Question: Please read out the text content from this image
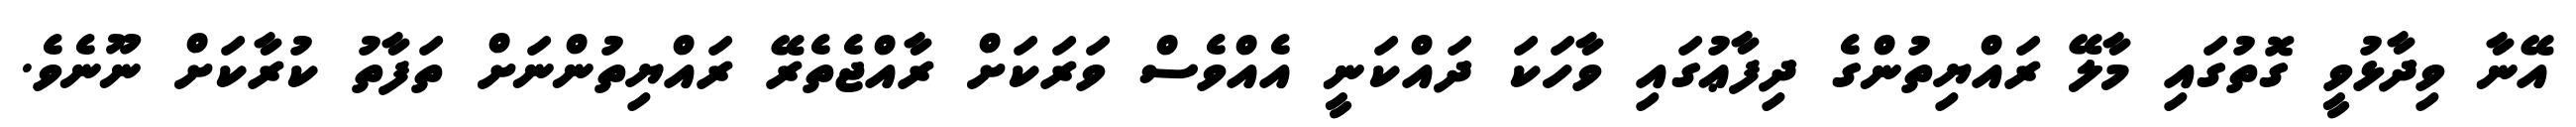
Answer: އޭނާ ވިދާޅުވީ ގޮތުގައި މާލޭ ރައްޔިތުންގެ ދިފާޢުގައި ވާހަކަ ދައްކަނީ އެއްވެސް ވަރަކަށް ރާއްޖެތެރޭ ރައްޔިތުންނަށް ތަފާތު ކުރާކަށް ނޫނެވެ.